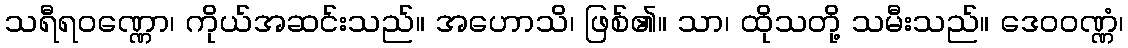
သရီရဝဏ္ဏော၊ ကိုယ်အဆင်းသည်။ အဟောသိ၊ ဖြစ်၏။ သာ၊ ထိုသတို့ သမီးသည်။ ဒေဝဝဏ္ဏံ၊